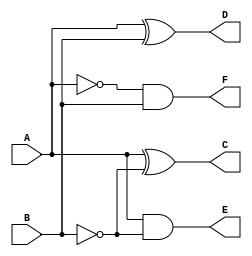
`timescale 1ns / 1ps

module One_Bit_Comparator(
    input A,
    input B,
    output C,
    output D,
    output E,
    output F
    );
    // xor = AB' + A'B, xnor = AB + A'B'
    assign C = A ^ ~B; // equal
    assign D = A ^ B;  // not equal
    assign E = A & ~B; // A > B
    assign F = ~A & B; // A < B
endmodule